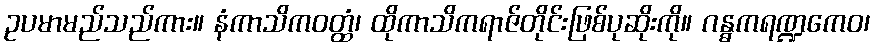
ဥပမာမည်သည်ကား။ နံကာသိကဝတ္ထံ၊ ထိုကာသိကရာဇ်တိုင်းဖြစ်ပုဆိုးကို။ ဂန္ဓကရဏ္ဍကေဝ၊